Rangoon Lunatic Asylum 1898-1906 - 1898-1906
Year: 1898
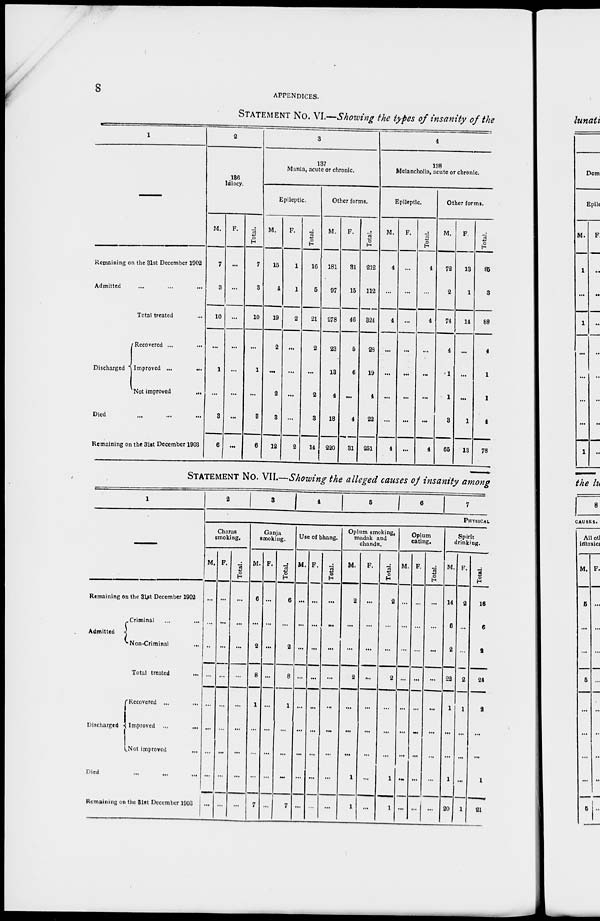
8
APPENDICES.
STATEMENT No. VI.—Showing the types of insanity of the
1
—
Remaining on the 31st December 1902
Admitted ... ... ...
Total treated...
Discharged
Recovered ... ...
Improved ...
...
Not improved
...
Died ... ... ...
Remaining on the 31st December 1903
2
136
Idiocy.
M.
7
3
10
...
1
...
3
6
F.
...
...
...
...
...
...
...
...
Total.
7
3
10
...
1
...
3
6
3
137
Mania, acute or chronic.
Epileptic.
M.
15
4
19
2
...
2
3
12
F.
1
1
2
...
...
...
...
2
Total.
16
5
21
2
...
2
3
14
Other forms.
M.
181
97
278
23
13
4
18
220
F.
31
15
46
5
6
...
4
31
Total.
212
112
324
28
19
4
22
251
4
138
Melancholia, acute or chronic.
Epileptic.
M.
4
...
4
...
...
...
...
4
F.
...
...
...
...
...
...
...
...
Total.
4
...
4
...
...
...
...
4
Other forms.
M.
72
2
74
4
1
1
3
65
F.
13
1
14
...
...
...
1
13
Total.
85
3
88
4
1
1
4
78
STATEMENT No. VII.—Showing the alleged causes of insanity among
1
Remaining on the 31st December 1902
Admitted
Criminal ... ...
Non-Criminal
...
Total treated ...
Discharged
Recovered ... ...
Improved ...
...
Not improved
...
Died ... ... ...
Remaining on the 31st December 1903
2
3 4
5 6 7
PHYSICAL
Charas
smoking.
M.
...
...
...
...
...
...
...
...
...
F.
...
...
...
...
...
...
...
...
...
Total.
...
...
...
...
...
...
...
...
...
Ganja
smoking.
M.
6
...
2
8
1
...
...
...
7
F.
...
...
...
...
...
...
...
...
...
Total.
6
...
2
8
1
...
...
...
7
Use of bhang.
M.
...
...
...
...
...
...
...
...
...
F.
...
...
...
...
...
...
...
...
...
Total.
...
...
...
...
...
...
...
...
...
Opium smoking,
madak and
chandu.
M.
2
...
...
2
...
...
...
1
1
F.
...
...
...
...
...
...
...
...
...
Total.
2
...
...
2
...
...
...
1
1
Opium
eating.
M.
...
...
...
...
...
...
...
...
...
F.
...
...
...
...
...
...
...
...
...
Total.
...
...
...
...
...
...
...
...
...
Spirit
drinking.
M.
14
6
2
22
1
...
...
1
20
F.
2
...
...
2
1
...
...
...
1
Total.
16
6
2
24
2
...
...
1
21